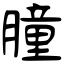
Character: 膧